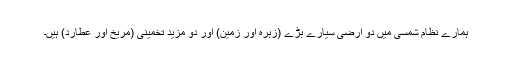
ہمارے نظام شمسی میں دو ارضی سیارے بڑے (زہرہ اور زمین) اور دو مزید تخمینی (مریخ اور عطارد) ہیں۔